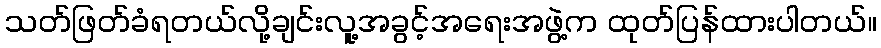
သတ်ဖြတ်ခံရတယ်လို့ချင်းလူ့အခွင့်အရေးအဖွဲ့က ထုတ်ပြန်ထားပါတယ်။